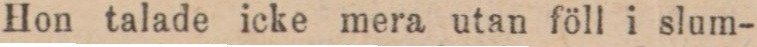
Hon talade icke mera utan föll i slum-